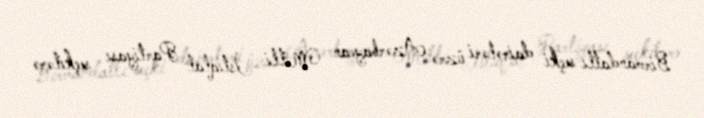
Birmandatlı seçki dairələri üzrə Azərbaycan Milli İstiqlal Partiyası seçkilərə